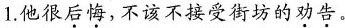
1.他很后悔，不该不接受街坊的劝告。